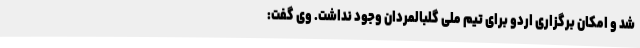
شد و امکان برگزاری اردو برای تیم ملی گلبالمردان وجود نداشت. وی گفت: